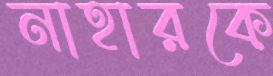
নাহারকে